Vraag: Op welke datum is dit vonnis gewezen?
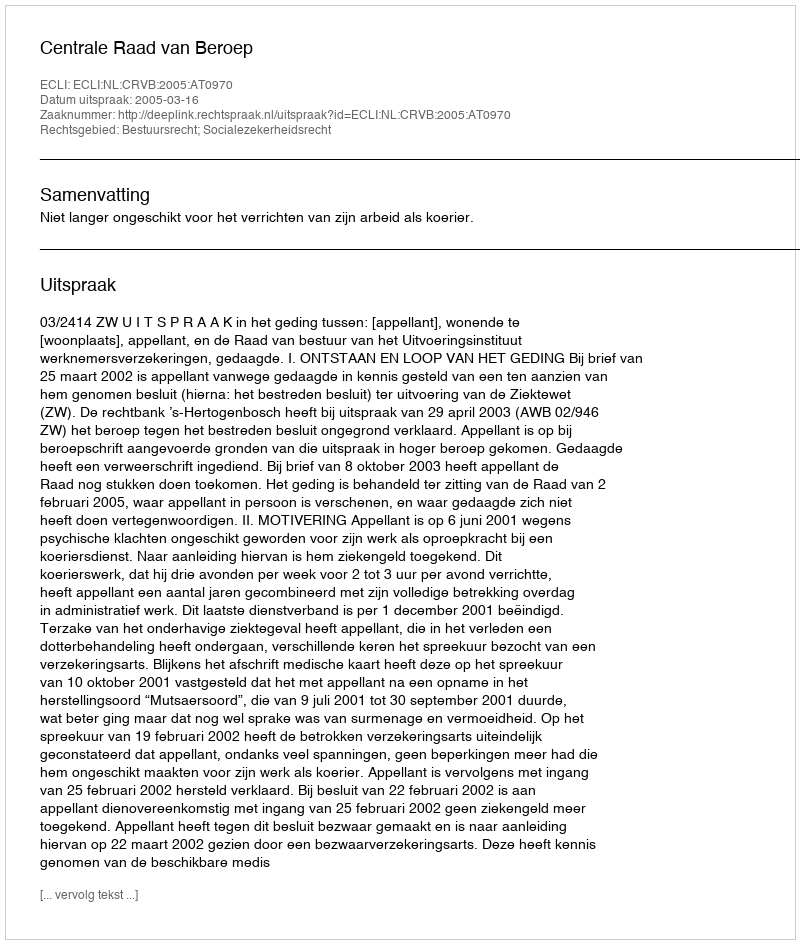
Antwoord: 2005-03-16